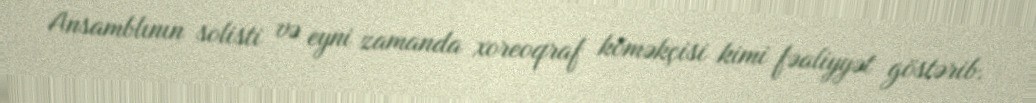
Ansamblının solisti və eyni zamanda xoreoqraf köməkçisi kimi fəaliyyət göstərib.